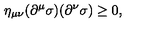
\eta _ { \mu \nu } ( \partial ^ { \mu } \sigma ) ( \partial ^ { \nu } \sigma ) \geq 0 ,